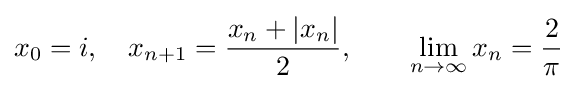
x_{0}=i,\quad x_{n+1}={\frac {x_{n}+|x_{n}|}{2}},\qquad \lim _{n\to \infty }x_{n}={\frac {2}{\pi }}